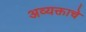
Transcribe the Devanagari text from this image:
अव्यक्ताचे